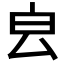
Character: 𣌡